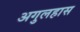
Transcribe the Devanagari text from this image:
अगुलहास